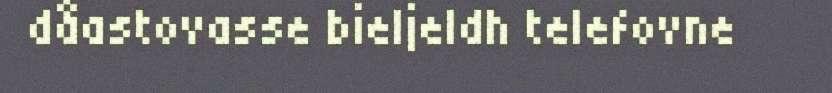
dåastovasse bieljeldh telefovne